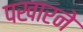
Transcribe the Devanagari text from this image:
पखारने